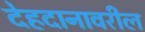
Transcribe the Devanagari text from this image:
देहदानावरील